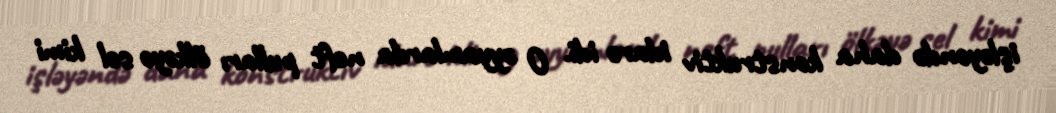
işləyəndə daha konstruktiv idarə idi. O əyyamlarda neft pulları ölkəyə sel kimi